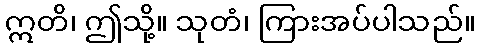
ဣတိ၊ ဤသို့။ သုတံ၊ ကြားအပ်ပါသည်။